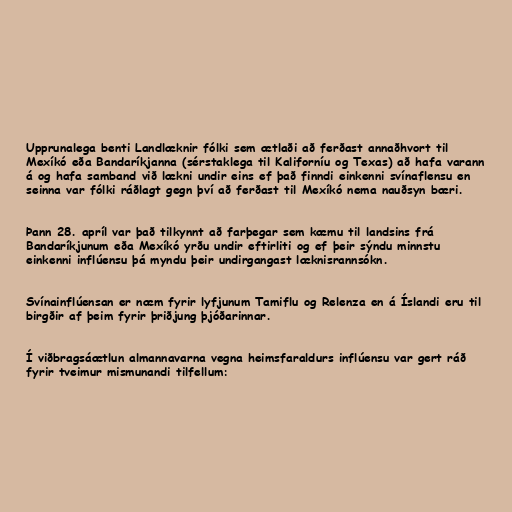
Upprunalega benti Landlæknir fólki sem ætlaði að ferðast annaðhvort til
Mexíkó eða Bandaríkjanna (sérstaklega til Kaliforníu og Texas) að hafa varann
á og hafa samband við lækni undir eins ef það finndi einkenni svínaflensu en
seinna var fólki ráðlagt gegn því að ferðast til Mexíkó nema nauðsyn bæri.

Þann 28. apríl var það tilkynnt að farþegar sem kæmu til landsins frá
Bandaríkjunum eða Mexíkó yrðu undir eftirliti og ef þeir sýndu minnstu
einkenni inflúensu þá myndu þeir undirgangast læknisrannsókn.

Svínainflúensan er næm fyrir lyfjunum Tamiflu og Relenza en á Íslandi eru til
birgðir af þeim fyrir þriðjung þjóðarinnar.

Í viðbragsáætlun almannavarna vegna heimsfaraldurs inflúensu var gert ráð
fyrir tveimur mismunandi tilfellum: